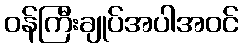
ဝန်ကြီးချုပ်အပါအဝင်